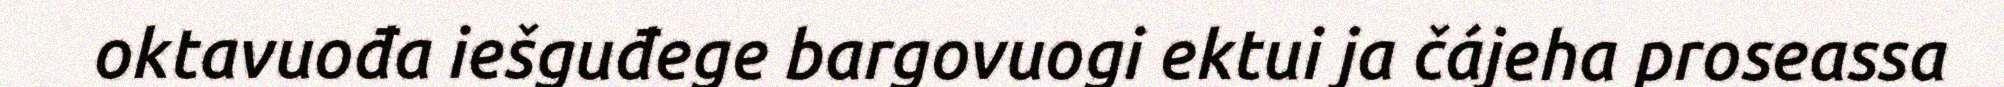
oktavuođa iešguđege bargovuogi ektui ja čájeha proseassa